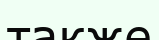
также